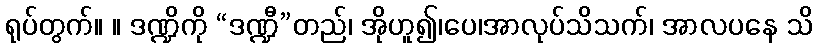
ရုပ်တွက်။ ။ ဒဏ္ဍိကို “ဒဏ္ဍီ”တည်၊ အိုဟူ၍၊ပေ၊အာလုပ်သိသက်၊ အာလပနေ သိ